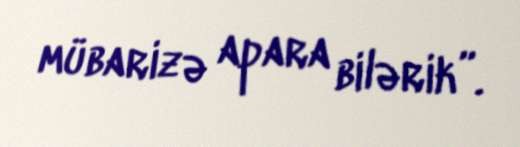
mübarizə apara bilərik”.